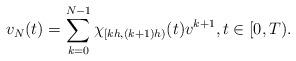
LaTeX: \begin{align*} v_N(t)=\sum_{k=0}^{N-1}\chi_{[kh,(k+1)h)}(t)v^{k+1},t\in[0,T).\end{align*}